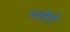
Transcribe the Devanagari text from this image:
गाईगुरे